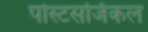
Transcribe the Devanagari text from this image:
पोस्टसर्जिकल